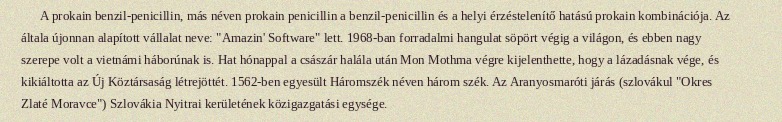
A prokain benzil-penicillin, más néven prokain penicillin a benzil-penicillin és a helyi érzéstelenítő hatású prokain kombinációja. Az általa újonnan alapított vállalat neve: "Amazin' Software" lett. 1968-ban forradalmi hangulat söpört végig a világon, és ebben nagy szerepe volt a vietnámi háborúnak is. Hat hónappal a császár halála után Mon Mothma végre kijelenthette, hogy a lázadásnak vége, és kikiáltotta az Új Köztársaság létrejöttét. 1562-ben egyesült Háromszék néven három szék. Az Aranyosmaróti járás (szlovákul "Okres Zlaté Moravce") Szlovákia Nyitrai kerületének közigazgatási egysége.